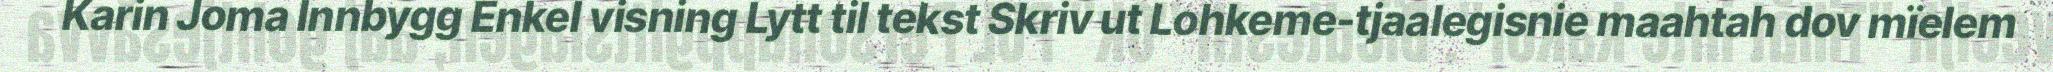
Karin Joma Innbygg Enkel visning Lytt til tekst Skriv ut Lohkeme-tjaalegisnie maahtah dov mïelem